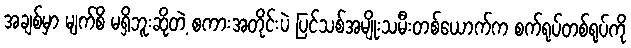
အချစ်မှာ မျက်စိ မရှိဘူးဆိုတဲ့ စကားအတိုင်းပဲ ပြင်သစ်အမျိုးသမီးတစ်ယောက်က စက်ရုပ်တစ်ရုပ်ကို